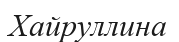
Хайруллина